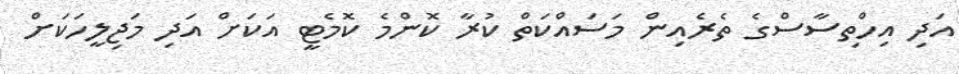
އަދި އިހްތިސާސްގެ ތެރެއިން މަސައްކަތް ކުރާ ކޮންމެ ކޮމެޓީ އަކަށް އަދި މަޖިލީހަކަށް